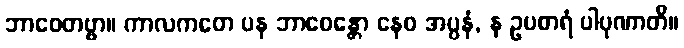
ဘာဝေတဗ္ဗာ။ ကာလကတေ ပန ဘာဝေန္တော နေဝ အပ္ပနံ, န ဥပစာရံ ပါပုဏာတိ။